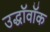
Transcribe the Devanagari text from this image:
उद्धॉवॉक